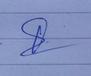
Signature authenticity: genuine